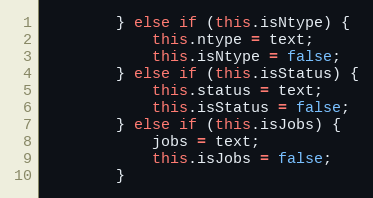
Language: Java
        } else if (this.isNtype) {
            this.ntype = text;
            this.isNtype = false;
        } else if (this.isStatus) {
            this.status = text;
            this.isStatus = false;
        } else if (this.isJobs) {
            jobs = text;
            this.isJobs = false;
        }